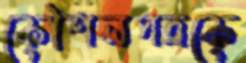
কৌশলপত্রকে